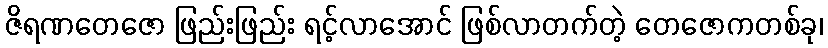
ဇိရဏတေဇော ဖြည်းဖြည်း ရင့်လာအောင် ဖြစ်လာတက်တဲ့ တေဇောကတစ်ခု၊